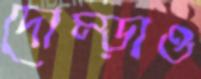
দোম্‌ড়াও